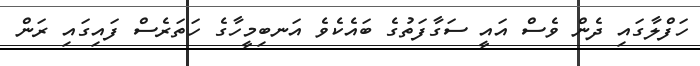
ހަފްލާގައި ދެން ވެސް އައީ ސަގާފަތުގެ ބައެކެވެ އަނބިމީހާގެ ހަތަރެސް ފައިގައި ރަން